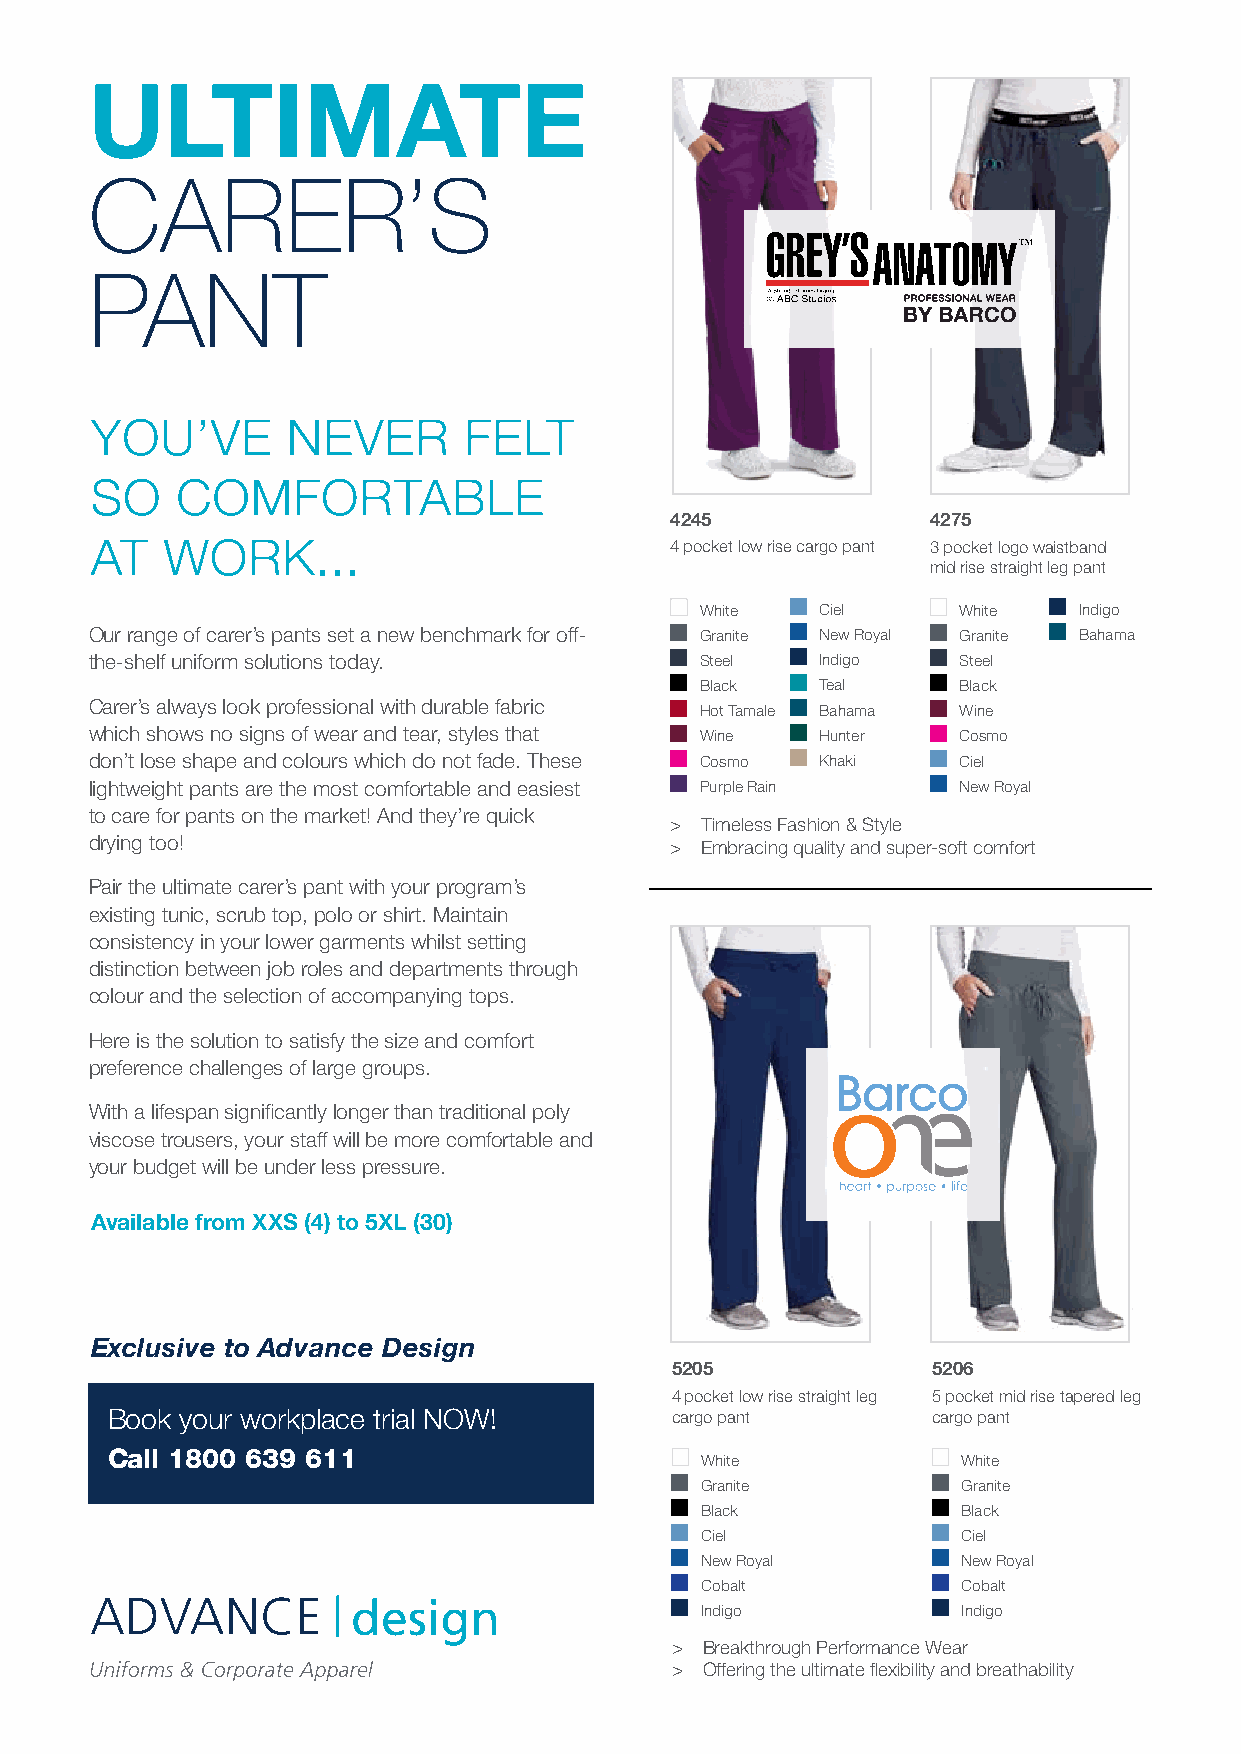
ULTIMATE
 CARER’S
 PANT
 YOU’VE       NEVER       FELT
 SO    COMFORTABLE
 4245              4275
 AT   WORK...                          4 pocket low rise cargo pant 3 pocket logo waistband
 mid rise straight leg pant
 White   Ciel     White   Indigo
 Our range of carer’s pants set a new benchmark for off- Granite New Royal Granite Bahama
 the-shelf uniform solutions today.      Steel   Indigo   Steel
 Black   Teal     Black
 Carer’s always look professional with durable fabric Hot Tamale Bahama Wine
 which shows no signs of wear and tear, styles that Wine Hunter Cosmo
 don’t lose shape and colours which do not fade. These Cosmo Khaki Ciel
 lightweight pants are the most comfortable and easiest Purple Rain New Royal
 to care for pants on the market! And they’re quick
 > Timeless Fashion & Style
 drying too!                           > Embracing quality and super-soft comfort
 Pair the ultimate carer’s pant with your program’s
 existing tunic, scrub top, polo or shirt. Maintain
 consistency in your lower garments whilst setting
 distinction between job roles and departments through
 colour and the selection of accompanying tops.
 Here is the solution to satisfy the size and comfort
 preference challenges of large groups.
 With a lifespan significantly longer than traditional poly
 viscose trousers, your staff will be more comfortable and
 your budget will be under less pressure.
 Available from XXS (4) to 5XL (30)
 Exclusive to Advance Design
 5205              5206
 4 pocket low rise straight leg 5 pocket mid rise tapered leg
 Book your workplace trial NOW!       cargo pant        cargo pant
 Call 1800 639 611                      White             White
 Granite           Granite
 Black             Black
 Ciel              Ciel
 New Royal         New Royal
 Cobalt            Cobalt
 Indigo            Indigo
 >  Breakthrough Performance Wear
 >  Offering the ultimate flexibility and breathability